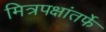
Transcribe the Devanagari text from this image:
मित्रपक्षांतर्फे